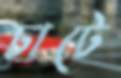
চাটে